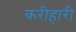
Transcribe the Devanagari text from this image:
करीहारी